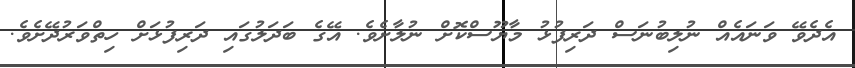
އެދެވޭ ވަނައެއް ނުލިބުނަސް ދަރިފުޅު މާޔޫސްކޮށް ނުލާށެވެ. އޭގެ ބަދަލުގައި ދަރިފުޅަށް ހިތްވަރުދޭށެވެ.